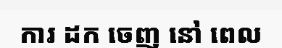
ការ ដក ចេញ នៅ ពេល